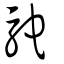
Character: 駝